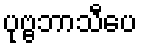
ပုဗ္ဗဘာသီပေ